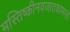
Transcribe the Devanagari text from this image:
मस्तिष्कीनवजातकामला